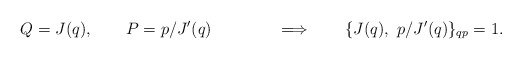
\begin{align*}Q=J(q), \qquad P=p/J'(q) \qquad\qquad\Longrightarrow \qquad\{ J(q), ~p/J'(q) \}_{qp}=1.\end{align*}